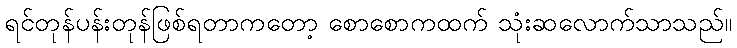
ရင်တုန်ပန်းတုန်ဖြစ်ရတာကတော့ စောစောကထက် သုံးဆလောက်သာသည်။